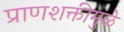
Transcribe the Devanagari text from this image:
प्राणशक्तीमुळे